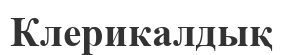
Клерикалдық